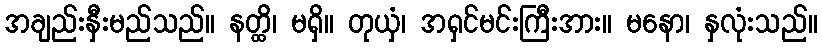
အချည်းနှီးမည်သည်။ နတ္ထိ၊ မရှိ။ တုယှံ၊ အရှင်မင်းကြီးအား။ မနော၊ နှလုံးသည်။